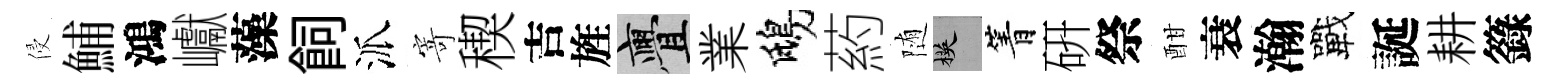
侵鯆鴻巘藻飼派寄稧吉旌亹業鴟葯随楧箐硏祭酣衰瀚戰誕耕籙